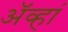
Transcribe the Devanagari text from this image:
अॅव्हां